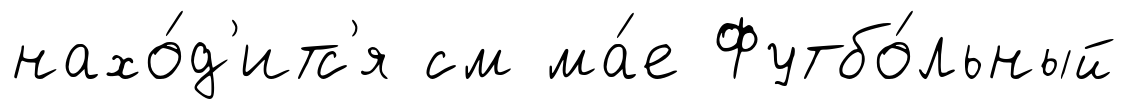
нахо́д'итс'я см ма́е Футбо́льный